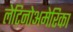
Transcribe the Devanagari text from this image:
लेटिनोअमेरिका